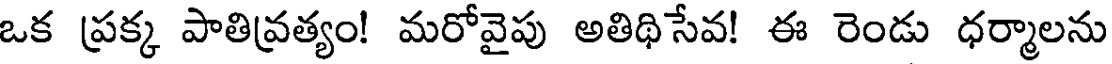
ఒక ప్రక్క పాతివ్రత్యం! మరోవైపు అతిథిసేవ! ఈ రెండు ధర్మాలను